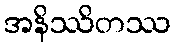
အနိဿိတဿ